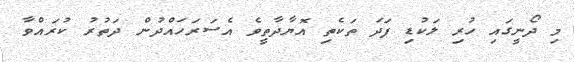
މި ދޯނީގައި ހުރި ލަކުޑި ފަދަ ތަކެތި އޮޔާދާތީވެ އެސަރަހައްދުން ދަތުރު ކުރައްވާ